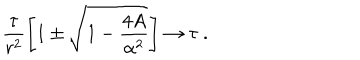
\frac { \tau } { r ^ { 2 } } \left[ 1 \pm \sqrt { 1 - \frac { 4 A } { \alpha ^ { 2 } } } \right] \rightarrow \tau \ .